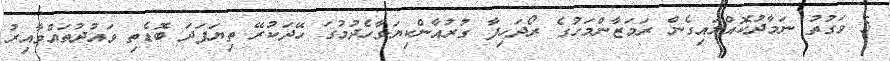
5 ވަގުތު ނަމާދުކޮއްލައިގެން ރަމަޒާންމަހުގެ ރޯދަހިފާ ގުރުއާންކިޔަވާހެދުމުގަ ހޭދަކުރޭ ތިޔަފަދަ ބޮޑެތި ވައުދުތައްވާއިރު